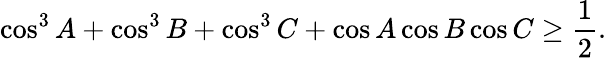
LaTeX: \cos^{3}A+\cos^{3}B+\cos^{3}C+\cos A\cos B\cos C\geq{\frac{1}{2}}.